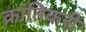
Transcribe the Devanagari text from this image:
क्रांतिकरी